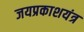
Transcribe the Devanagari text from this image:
जयप्रकाशयंत्र